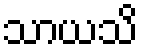
သာယသိ